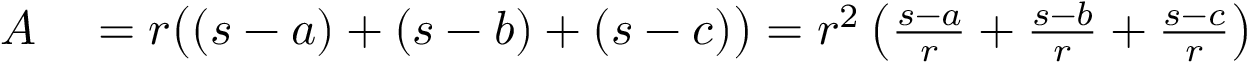
\begin{array} { r l } { A } & { { } = r { \big ( } ( s - a ) + ( s - b ) + ( s - c ) { \big ) } = r ^ { 2 } \left( { \frac { s - a } { r } } + { \frac { s - b } { r } } + { \frac { s - c } { r } } \right) } \end{array}